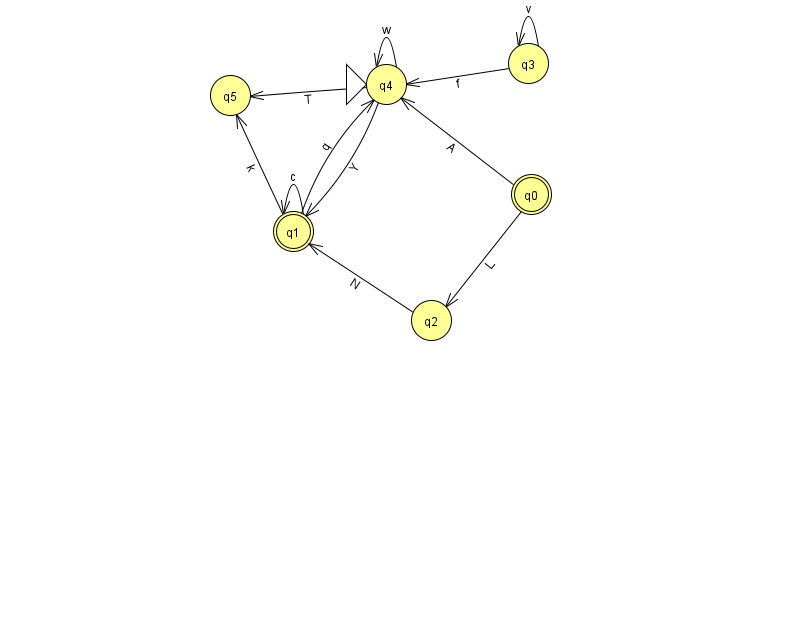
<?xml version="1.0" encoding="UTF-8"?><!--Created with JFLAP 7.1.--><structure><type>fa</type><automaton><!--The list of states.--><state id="0" name="q0"><x>531.0</x><y>181.0</y><final/></state><state id="1" name="q1"><x>293.0</x><y>218.0</y><final/></state><state id="2" name="q2"><x>431.0</x><y>307.0</y></state><state id="3" name="q3"><x>528.0</x><y>50.0</y></state><state id="4" name="q4"><x>386.0</x><y>71.0</y><initial/></state><state id="5" name="q5"><x>230.0</x><y>82.0</y></state><!--The list of transitions.--><transition><from>1</from><to>1</to><read>c</read></transition><transition><from>3</from><to>4</to><read>f</read></transition><transition><from>0</from><to>2</to><read>L</read></transition><transition><from>3</from><to>3</to><read>v</read></transition><transition><from>4</from><to>1</to><read>Y</read></transition><transition><from>2</from><to>1</to><read>N</read></transition><transition><from>4</from><to>4</to><read>w</read></transition><transition><from>1</from><to>5</to><read>k</read></transition><transition><from>4</from><to>5</to><read>T</read></transition><transition><from>1</from><to>4</to><read>q</read></transition><transition><from>0</from><to>4</to><read>A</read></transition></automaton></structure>